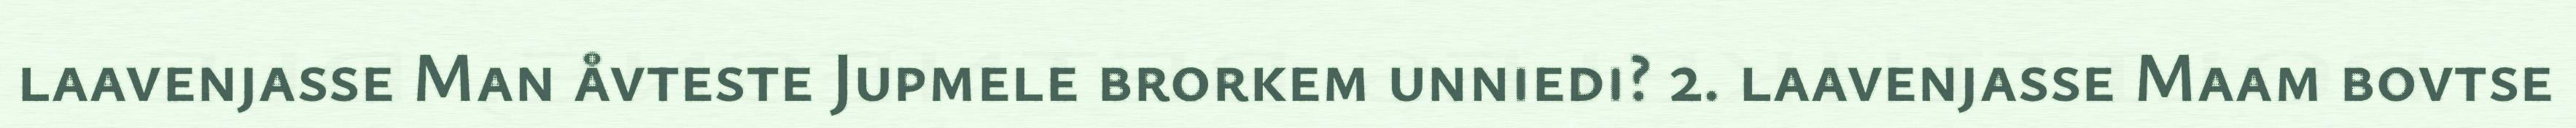
laavenjasse Man åvteste Jupmele brorkem unniedi? 2. laavenjasse Maam bovtse